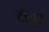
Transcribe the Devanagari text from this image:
टॉलूज